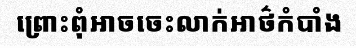
ព្រោះពុំអាចចេះលាក់អាថ៌កំបាំង